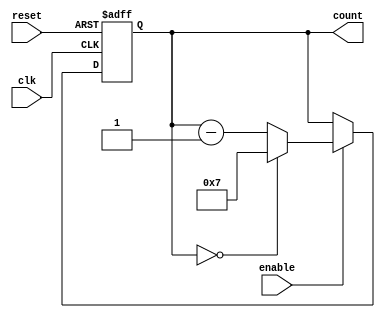
module ModuloN_Down_Counter(
    input wire clk,     // Clock signal
    input wire reset,   // Reset signal
    input wire enable,  // Enable signal
    output reg [N-1:0] count // Output count signal
);

parameter N = 8;  // Predetermined value of N

always @(posedge clk or posedge reset) begin
    if (reset) begin
        count <= N-1; // Initialize count to N-1 on reset
    end else if (enable) begin
        if (count == 0) begin
            count <= N-1; // Reset count to N-1 when reaching 0
        end else begin
            count <= count - 1; // Decrement count by 1 on each clock cycle
        end
    end
end

endmodule